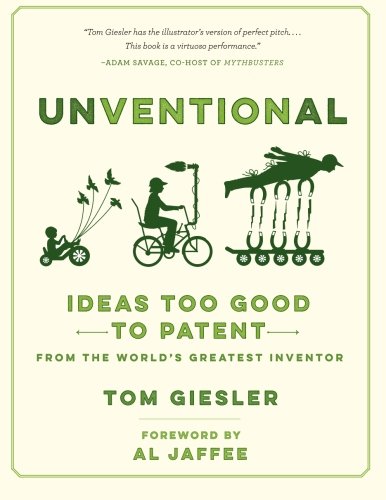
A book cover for Unventional: Ideas Too Good to Patent from the World's Greatest Inventor; Tom Giesler; Humor & Entertainment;